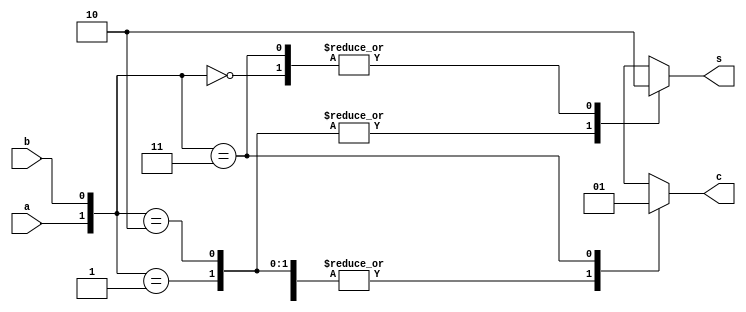
`timescale 1ns / 1ps

module half_adder2(
input a,b,
output reg c,s);

always @*
    case({a,b})
        2'b00 : begin
        c=1'b0;
        s=1'b0;
        end
        2'b01 : begin
        c=1'b0;
        s=1'b1;
        end
        2'b10 : begin
        c=1'b0;
        s=1'b1;
        end
        2'b11 : begin
        c=1'b1;
        s=1'b0;
        end
 endcase       
       
endmodule